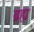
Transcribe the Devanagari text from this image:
ब्रह्य